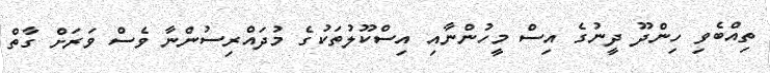
ތިއްބެވި ހިންދޫ ދީނުގެ އިސް މީހުންނާއި އިސްކޫލުތަކުގެ މުދައްރިސުންނާ ވެސް ވަރަށް ގާތް